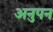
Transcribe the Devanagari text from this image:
अनुपन